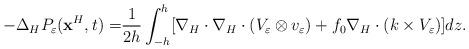
LaTeX: \begin{align*} -\Delta_HP_\varepsilon(\textbf{x}^H,t) =&\frac{1}{2h}\int_{-h}^h[\nabla_H\cdot\nabla_H\cdot(V_\varepsilon\otimes v_\varepsilon)+f_0\nabla_H\cdot(k\times V_\varepsilon)] dz.\end{align*}